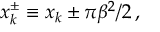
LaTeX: x _ { k } ^ { \pm } \equiv x _ { k } \pm \pi \beta ^ { 2 } / 2 \, ,